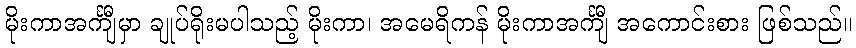
မိုးကာအင်္ကျီမှာ ချုပ်ရိုးမပါသည့် မိုးကာ၊ အမေရိကန် မိုးကာအင်္ကျီ အကောင်းစား ဖြစ်သည်။